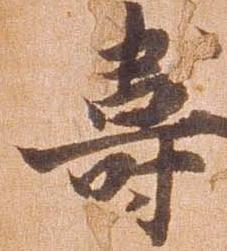
寿